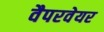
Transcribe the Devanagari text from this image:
वैपरवेयर